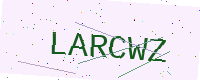
Text: LARCWZ